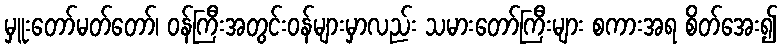
မှူးတော်မတ်တော်၊ ဝန်ကြီးအတွင်းဝန်များမှာလည်း သမားတော်ကြီးများ စကားအရ စိတ်အေး၍